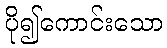
ပို၍ကောင်းသော